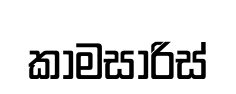
කාමසාරිස්